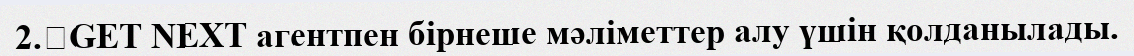
2.	GET NEXT агентпен бірнеше мәліметтер алу үшін қолданылады.